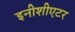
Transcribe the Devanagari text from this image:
इनीशीएटर